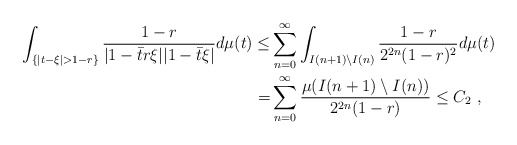
\begin{align*} \int_{\{|t-\xi|>1-r\}} \frac{1-r}{|1-\bar{t}r\xi||1-\bar{t}\xi|}d \mu(t) \leq& \sum_{n=0}^\infty \int_{I(n+1) \setminus I(n)} \frac{1-r}{2^{2n}(1-r)^2}d\mu(t)\\ =& \sum_{n=0}^{\infty} \frac{\mu (I(n+1) \setminus I(n)) }{2^{2n}(1-r)}\leq C_2\ ,\end{align*}